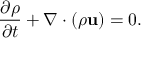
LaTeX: { \frac { \partial \rho } { \partial t } } + \nabla \cdot \left( \rho \mathbf { u } \right) = 0 .